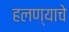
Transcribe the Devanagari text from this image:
हलण्याचे